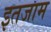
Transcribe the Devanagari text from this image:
इतजाम